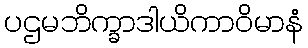
ပဌမဘိက္ခာဒါယိကာဝိမာနံ